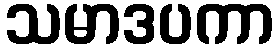
သမာဒပကာ